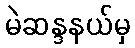
မဲဆန္ဒနယ်မှ